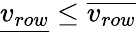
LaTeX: {\underline{{v_{row}}}}\leq{\overline{{v_{row}}}}